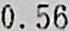
0.56